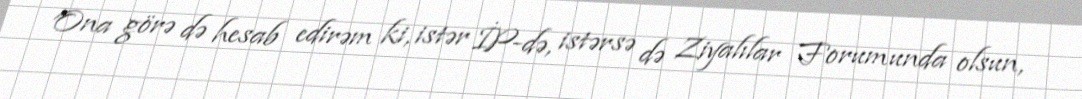
Ona görə də hesab edirəm ki, istər İP-də, istərsə də Ziyalılar Forumunda olsun,